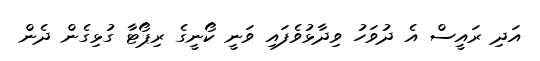
އަދި ރައީސް އެ ދުވަހު ވިދާޅުވެފައި ވަނީ ކޯނީގެ ރިޕޯޓާ ގުޅިގެން ދެން